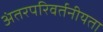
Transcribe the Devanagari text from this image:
अंतरपरिवर्तनीयता